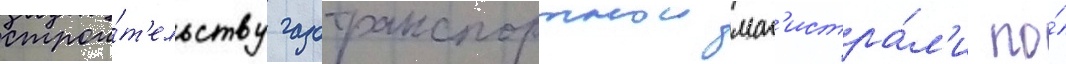
строи́т'ельству газотранспортнои маг'истра́л'и по́